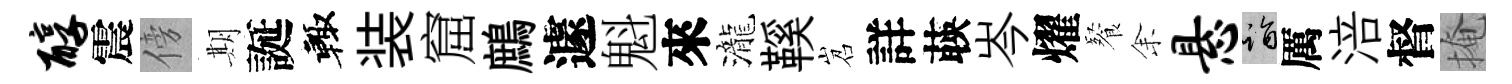
醇震傍期誕輙装窟鷓遽魁來瀧鞵岧詳𦴤岑燿餐𪜬悬诣厲涪督掩